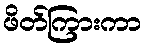
ဖိတ်ကြားကာ